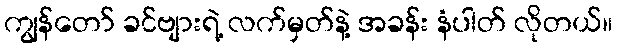
ကျွန်တော် ခင်ဗျားရဲ့ လက်မှတ်နဲ့ အခန်း နံပါတ် လိုတယ်။